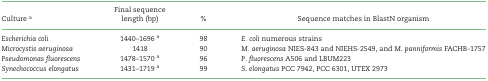
|  | Final sequence |  |  |
 | Culture a | length (bp) | % | Sequence matches in BlastN organism |
 | --- | --- | --- | --- |
 | Escherichia coli | 1440–1696 a | 98 | E. coli numerous strains |
 | Microcystis aeruginosa | 1418 | 90 | M. aeruginosa NIES-843 and NIEHS-2549, and M. panniformis FACHB-1757 |
 | Pseudomonas fluorescens | 1478–1570 a | 96 | P. fluorescens A506 and LBUM223 |
 | Synechococcus elongatus | 1431–1719 a | 99 | S. elongatus PCC 7942, PCC 6301, UTEX 2973 |